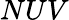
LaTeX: NUV